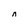
Character: n